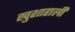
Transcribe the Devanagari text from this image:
खुशाहाली